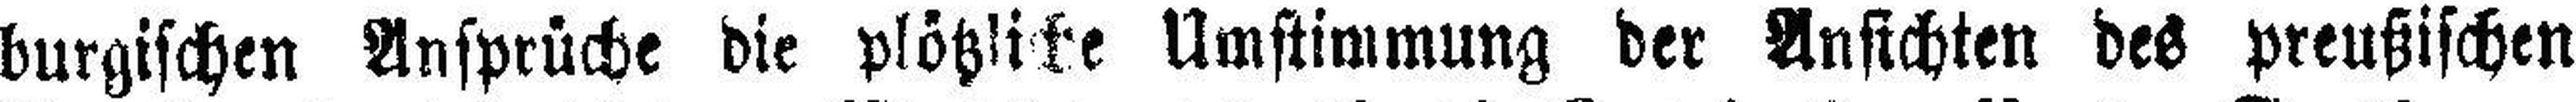
burgischen Ansprüche die plötzliche Umstimmung der Ansichten des preußischen